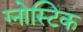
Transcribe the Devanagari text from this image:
ग्नोस्टिक